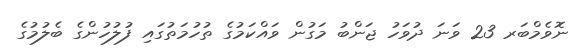
ނޮވެމްބަރ 23 ވަނަ ދުވަހު ޖަންބު މަގުން ވައްކަމުގެ ތުހުމަތުގައި ފުލުހުންގެ ބެލުމުގެ